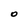
Character: O